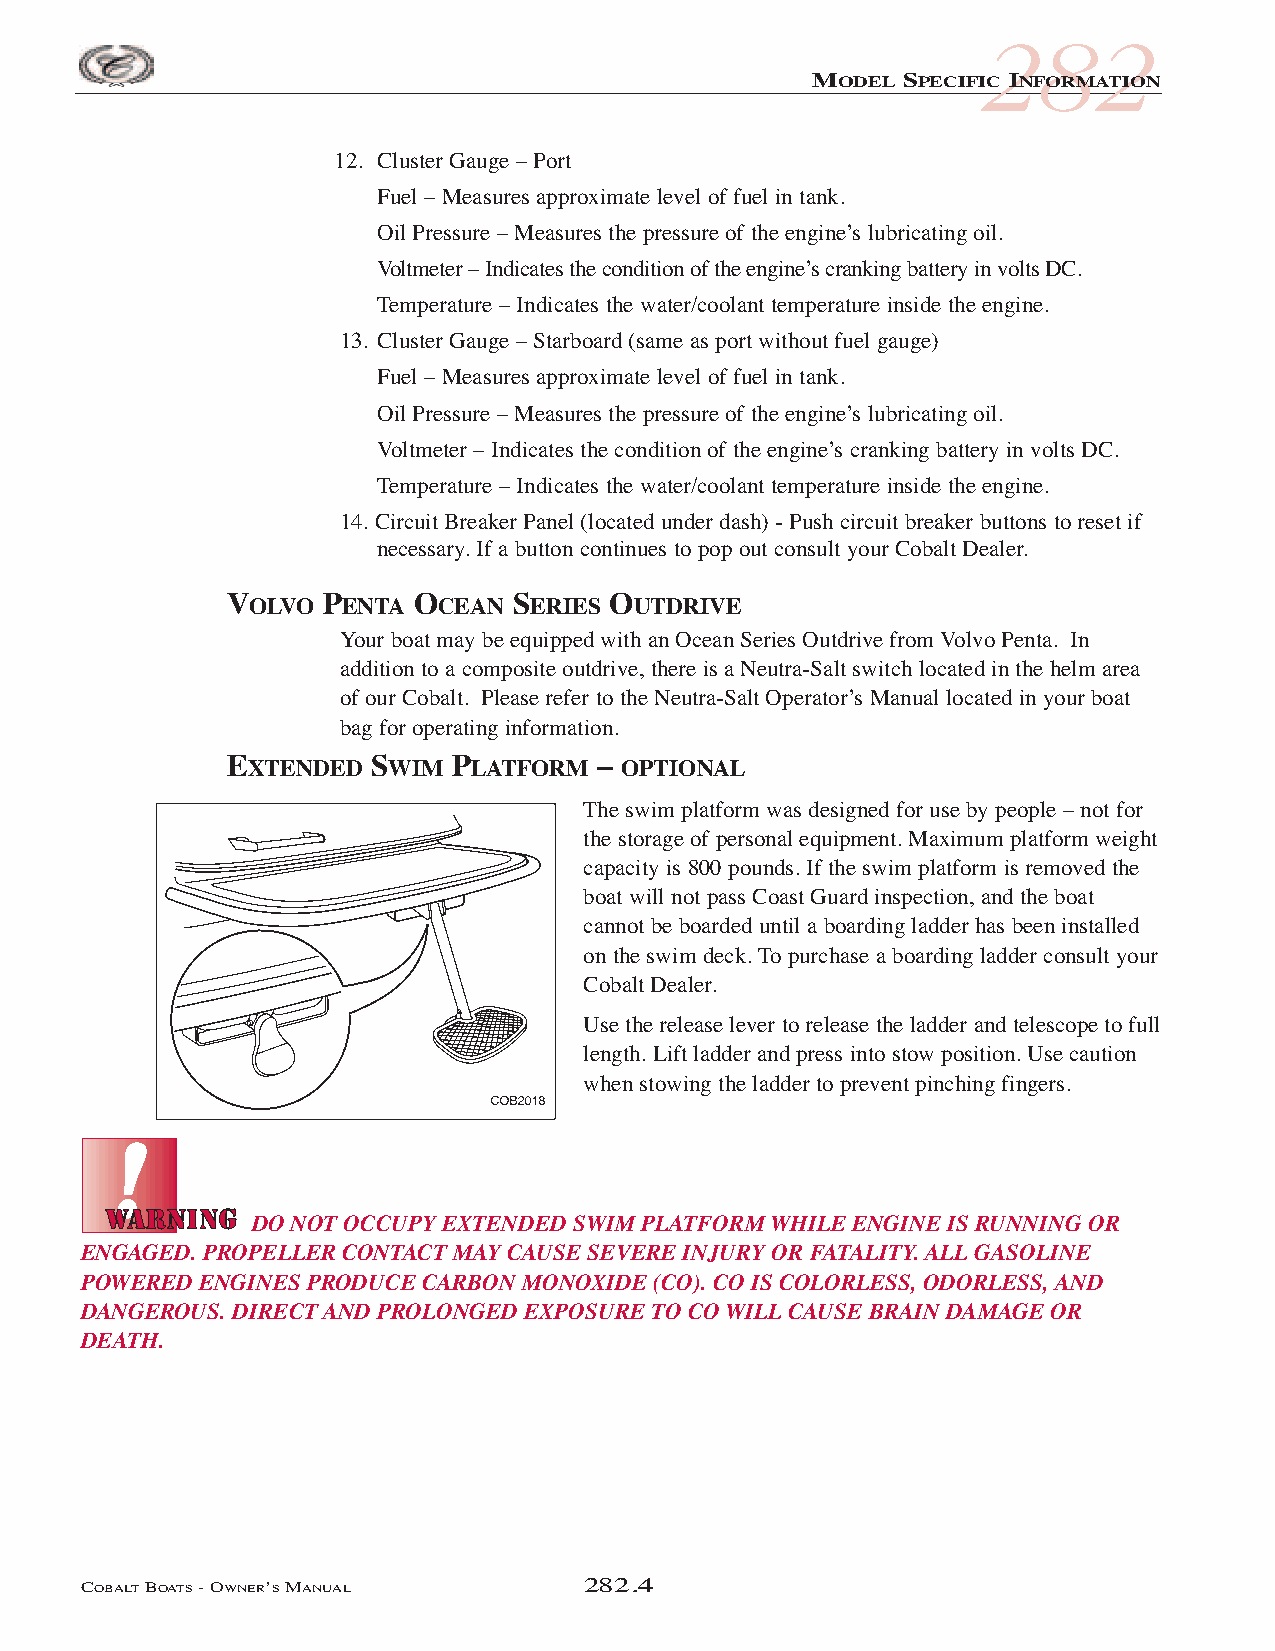
COB_05 Sect 280.qxd 3/18/05 9:30 AM Page 282.4
 282
 MODEL SPECIFIC INFORMATION
 12. Cluster Gauge – Port
 Fuel – Measures approximate level of fuel in tank.
 Oil Pressure – Measures the pressure of the engine’s lubricating oil.
 Voltmeter – Indicates the condition of the engine’s cranking battery in volts DC.
 Temperature – Indicates the water/coolant temperature inside the engine.
 13. Cluster Gauge – Starboard (same as port without fuel gauge)
 Fuel – Measures approximate level of fuel in tank.
 Oil Pressure – Measures the pressure of the engine’s lubricating oil.
 Voltmeter – Indicates the condition of the engine’s cranking battery in volts DC.
 Temperature – Indicates the water/coolant temperature inside the engine.
 14. Circuit Breaker Panel (located under dash) - Push circuit breaker buttons to reset if
 necessary. If a button continues to pop out consult your Cobalt Dealer.
 VOLVO  PENTA OCEAN SERIES OUTDRIVE
 Your boat may be equipped with an Ocean Series Outdrive from Volvo Penta. In
 addition to a composite outdrive, there is a Neutra-Salt switch located in the helm area
 of our Cobalt. Please refer to the Neutra-Salt Operator’s Manual located in your boat
 bag for operating information.
 EXTENDED  SWIM PLATFORM  – OPTIONAL
 The swim platform was designed for use by people – not for
 the storage of personal equipment. Maximum platform weight
 capacity is 800 pounds. If the swim platform is removed the
 boat will not pass Coast Guard inspection, and the boat
 cannot be boarded until a boarding ladder has been installed
 on the swim deck. To purchase a boarding ladder consult your
 Cobalt Dealer.
 Use the release lever to release the ladder and telescope to full
 length. Lift ladder and press into stow position. Use caution
 when stowing the ladder to prevent pinching fingers.
 DO NOT OCCUPY EXTENDED SWIM PLATFORM WHILE ENGINE IS RUNNING OR
 ENGAGED. PROPELLER CONTACT MAY CAUSE SEVERE INJURY OR FATALITY. ALL GASOLINE
 POWERED ENGINES PRODUCE CARBON MONOXIDE (CO). CO IS COLORLESS, ODORLESS, AND
 DANGEROUS. DIRECT AND PROLONGED EXPOSURE TO CO WILL CAUSE BRAIN DAMAGE OR
 DEATH.
 COBALTBOATS- OWNER’SMANUAL       282.4